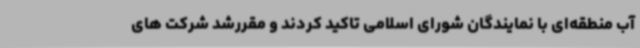
آب منطقه‌ای با نمایندگان شورای اسلامی تاکید کردند و مقررشد شرکت های